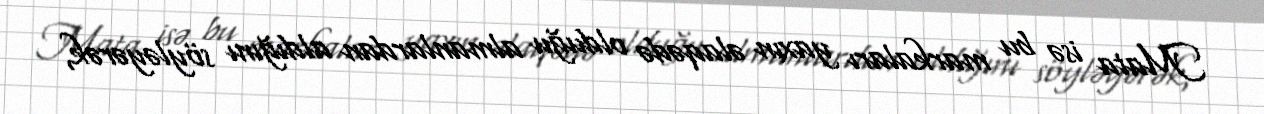
Mata isə bu markaları yaxın əlaqədə olduğu almanlardan aldığını söyləyərək,